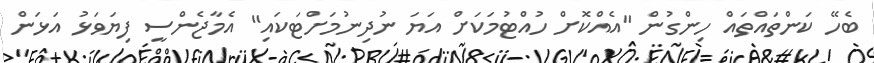
ބެހޭ ކަންތައްތައް ހިންގުން "އެއްކޮށް ހުއްޓުމަކަށް އަޔަ ނުދިނުމަށްޓަކައި" އެމާޖެންސީ ފިޔަވަޅު އަޅަން